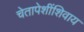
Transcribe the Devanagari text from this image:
चेतापेशींशिवाय